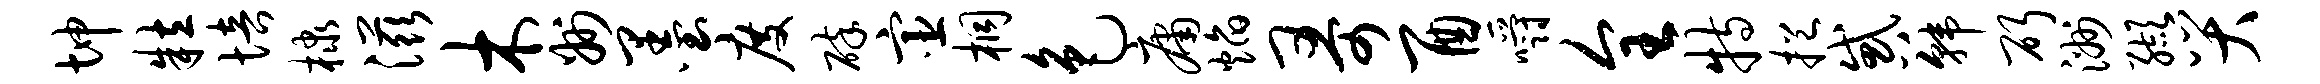
坤粒培棣滋木州墨度碎宦桐色庸焰哥酉嚼全特挹惑韩斫洲缬哭